Burma Government Medical School reports 1907-22
Year: 1907
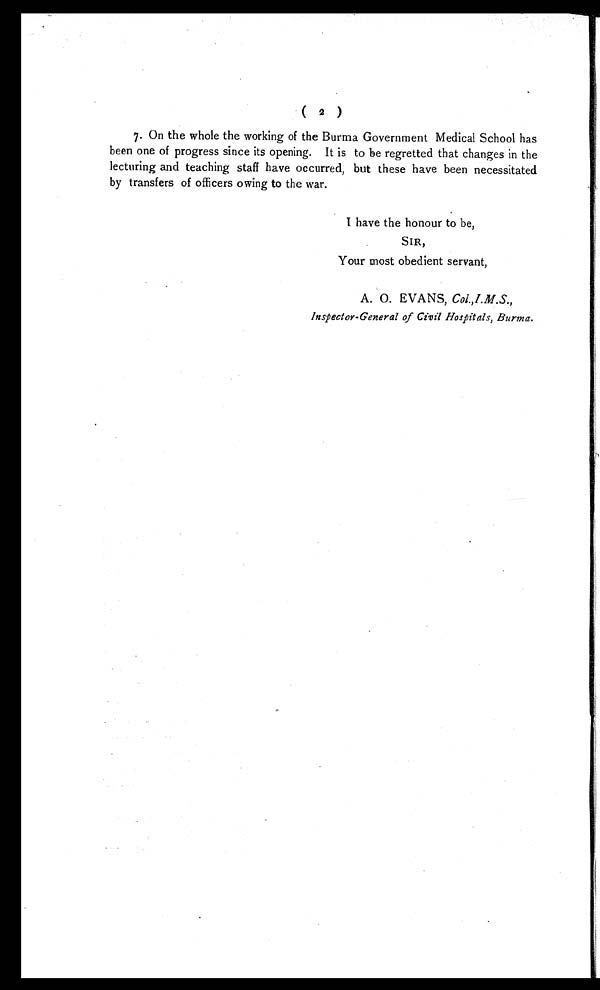
7. On the whole the working of the Burma Government Medical School has
been one of progress since its opening. It is to be regretted that changes in the
lecturing and teaching staff have occurred, but these have been necessitated
by transfers of officers owing to the war.
I have the honour to be,
SIR,
Your most obedient servant,
A. O. EVANS, Col.I.M.S.,
Inspector-General of Civil Hospitals, Burma.